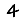
Digit: 4